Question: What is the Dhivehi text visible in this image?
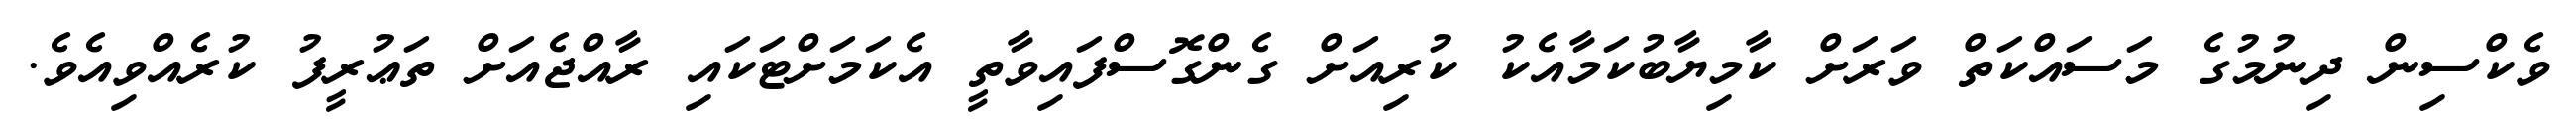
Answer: ވެކްސިން ދިނުމުގެ މަސައްކަތް ވަރަށް ކާމިޔާބުކަމާއެކު ކުރިއަށް ގެންގޮސްފައިވާތީ އެކަމަށްޓަކައި ރާއްޖެއަށް ތަޢުރީފު ކުރެއްވިއެވެ.